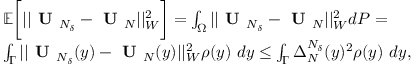
\begin{array} { r l } & { \mathbb { E } \bigg [ | | \textbf { U } _ { N _ { \delta } } - \textbf { U } _ { N } | | _ { W } ^ { 2 } \bigg ] = \int _ { \Omega } | | \textbf { U } _ { N _ { \delta } } - \textbf { U } _ { N } | | _ { W } ^ { 2 } d P = } \\ & { \int _ { \boldsymbol { \Gamma } } | | \textbf { U } _ { N _ { \delta } } ( y ) - \textbf { U } _ { N } ( y ) | | _ { W } ^ { 2 } \rho ( y ) \ d y \leq \int _ { \boldsymbol { \Gamma } } \Delta _ { N } ^ { N _ { \delta } } ( y ) ^ { 2 } \rho ( y ) \ d y , } \end{array}